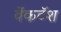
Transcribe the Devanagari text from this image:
वेंकटॅश